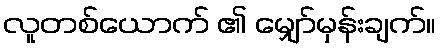
လူတစ်ယောက် ၏ မျှော်မှန်းချက်။